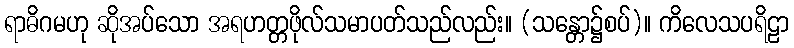
ရာဓိဂမဟု ဆိုအပ်သော အရဟတ္တဖိုလ်သမာပတ်သည်လည်း။ (သန္တော၌စပ်)။ ကိလေသပရိဠာ